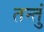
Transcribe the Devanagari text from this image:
तन्तुं